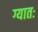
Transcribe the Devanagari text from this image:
ग्यातः